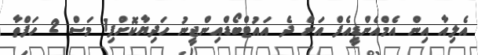
އެލިއާ އިން އެމްއެންޑީއެފް އަށް ދެ އައުޓްބޯޑްއިންޖީނު ހަދިޔާކޮށްފި1 މަސް 2 ހަފްތާ